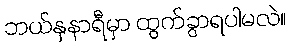
ဘယ်နှနာရီမှာ ထွက်ခွာရပါမလဲ။